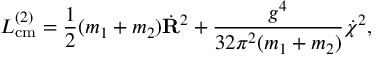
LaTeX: { \cal L } _ { \mathrm { c m } } ^ { ( 2 ) } = \frac { 1 } { 2 } ( m _ { 1 } + m _ { 2 } ) \dot { { \bf R } } ^ { 2 } + \frac { g ^ { 4 } } { 3 2 \pi ^ { 2 } ( m _ { 1 } + m _ { 2 } ) } \dot { \chi } ^ { 2 } ,